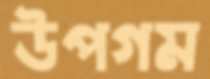
উপগম